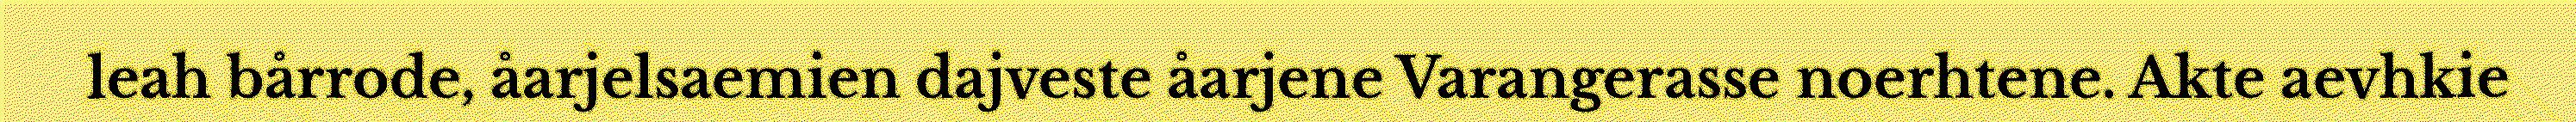
leah bårrode, åarjelsaemien dajveste åarjene Varangerasse noerhtene. Akte aevhkie